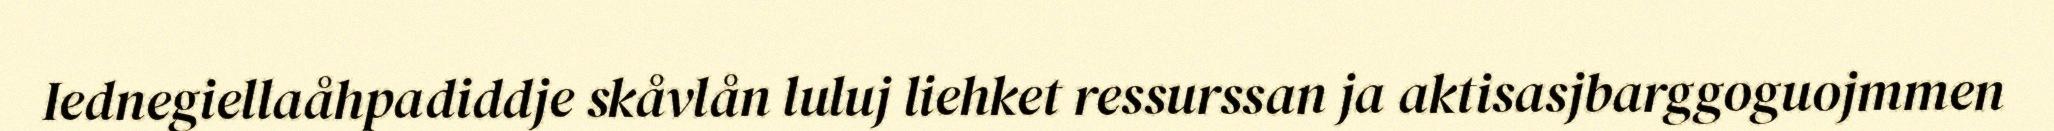
Iednegiellaåhpadiddje skåvlån luluj liehket ressurssan ja aktisasjbarggoguojmmen